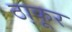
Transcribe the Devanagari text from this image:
ठा़कूर